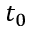
t _ { 0 }